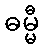
ဓမ္မီ